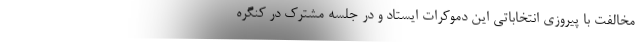
مخالفت با پیروزی انتخاباتی این دموکرات ایستاد و در جلسه مشترک در کنگره